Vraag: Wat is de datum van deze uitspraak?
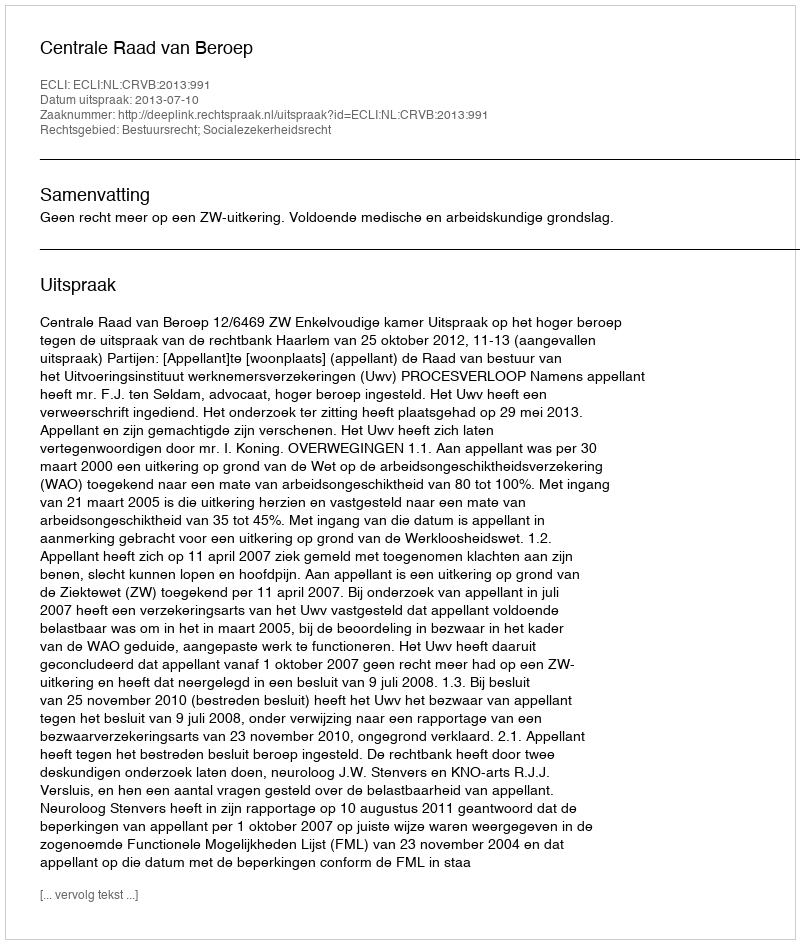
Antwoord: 2013-07-10